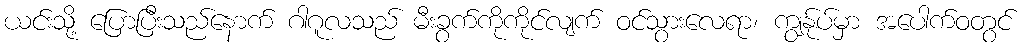
ယင်းသို့ ပြောပြီးသည်နောက် ဂါဂူလသည် မီးခွက်ကိုကိုင်လျက် ဝင်သွားလေရာ၊ ကျွန်ုပ်မှာ အပေါက်ဝတွင်